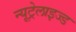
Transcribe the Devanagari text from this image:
न्यूट्रेलाइज्ड